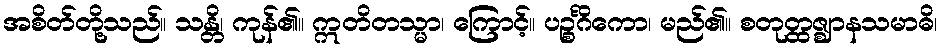
အစိတ်တို့သည်။ သန္တိ၊ ကုန်၏။ ဣတိတသ္မာ၊ ကြောင့်။ ပဉ္စင်္ဂိကော၊ မည်၏။ စတုတ္ထဇ္ဈာနသမာဓိ၊